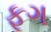
ફૂગ